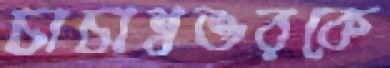
চাচাশ্বশুরকে